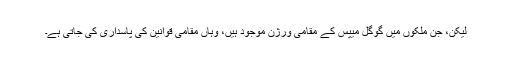
لیکن، جن ملکوں میں گوگل میپس کے مقامی ورژن موجود ہیں، وہاں مقامی قوانین کی پاسداری کی جاتی ہے۔